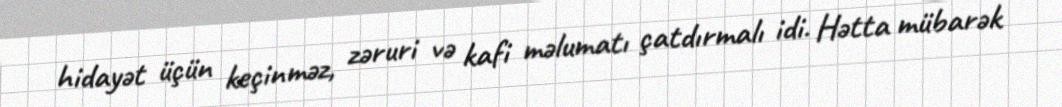
hidayət üçün keçinməz, zəruri və kafi məlumatı çatdırmalı idi. Hətta mübarək